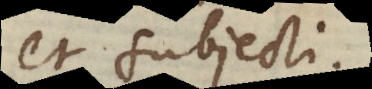
et subjecti.